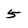
Character: 5